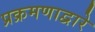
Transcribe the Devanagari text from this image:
प्रक्रमणाद्वारे